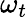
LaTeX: \omega_{t}